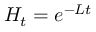
H _ { t } = e ^ { - L t }